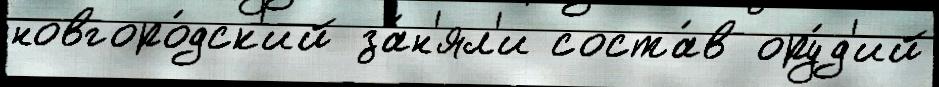
новгоро́дск'ий за́н'ял'и соста́в ору́д'ий